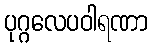
ပုဂ္ဂလေပဝါရဏာ